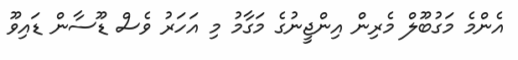
އެންމެ މަގުބޫލް މެރިން އިންޖީނުގެ މަގާމު މި އަހަރު ވެސް ޑޫސާން ޑައިވޫ